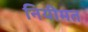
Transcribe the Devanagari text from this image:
नियीमत